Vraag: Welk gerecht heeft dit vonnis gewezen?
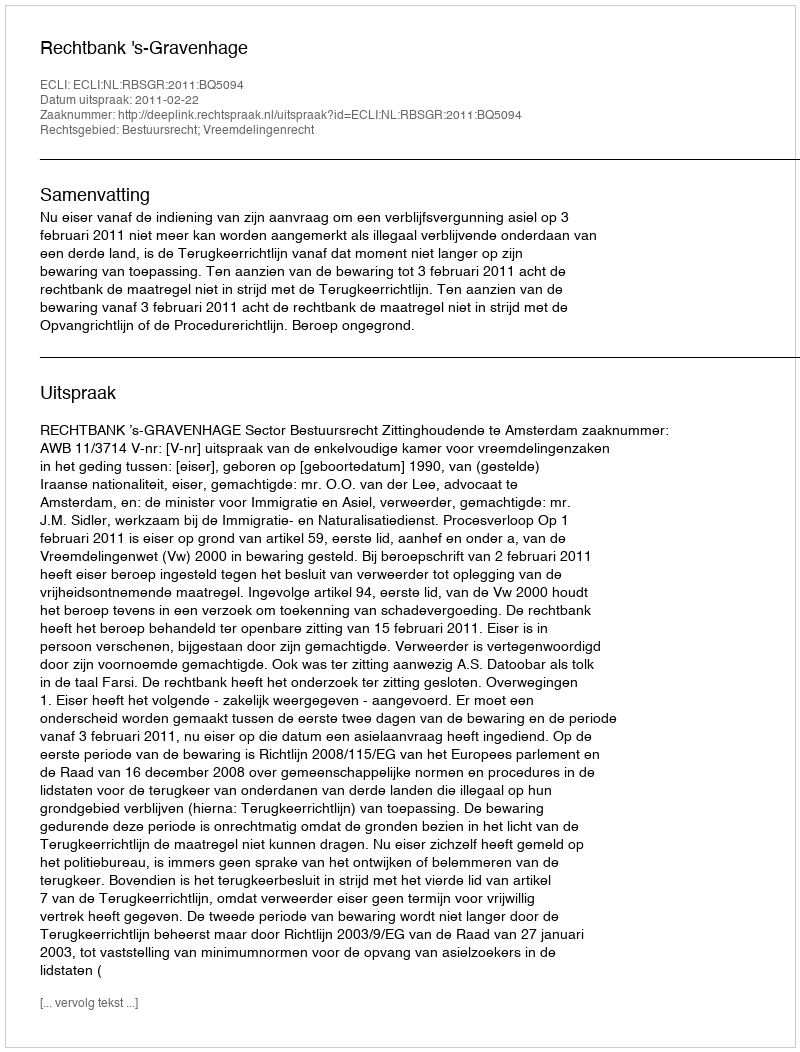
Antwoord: Rechtbank 's-Gravenhage